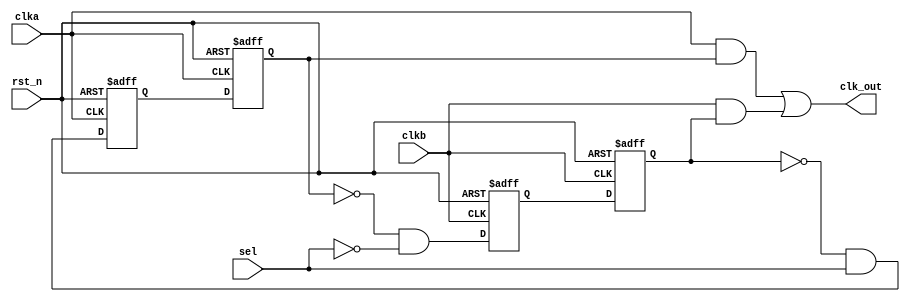
module clk_sw_ff(
    input           clka,
    input           clkb,
    input           rst_n,
    input           sel,
    output          clk_out
);

reg     clka_out;
always @(posedge clka or negedge rst_n) begin
    if(!rst_n)
        clka_out <= 1'b0;
    else
        clka_out <= (~clkb_out_r) & sel; // sel为1时，选择输出clka
end
reg     clka_out_r;
always @(negedge clka or negedge rst_n) begin
    if(!rst_n)
        clka_out_r <= 1'b0;
    else
        clka_out_r <= clka_out;
end

reg     clkb_out;
always @(posedge clkb or negedge rst_n) begin
    if(!rst_n)
        clkb_out <= 1'b0;
    else
        clkb_out <= (~clka_out_r) & (~sel); // sel为0时，选择输出clkb
end
reg     clkb_out_r;
always @(negedge clkb or negedge rst_n) begin
    if(!rst_n)
        clkb_out_r <= 1'b0;
    else
        clkb_out_r <= clkb_out;
end

assign clk_out = (clka & clka_out_r) | (clkb & clkb_out_r);

endmodule